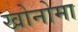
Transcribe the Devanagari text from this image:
खोनोमा